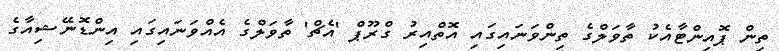
ތިން ޕޮއިންޓާއެކު ތާވަލްގެ ތިންވަނައިގައި އޮތްއިރު ގްރޫޕް 'އެޗް' ތާވަލްގެ އެއްވަނައިގައި އިންޑޮނޭޝިއާގެ